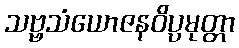
သဗ္ဗသံယောဇနဝိပ္ပမုတ္တာ